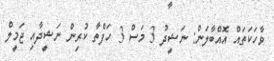
ވާހަކަތައް އޮއްބާލަން: ނަޝީދު 3 މަސް 3 ހަފްތާ ކުރިން ނަޝީދާއި ޖަމީލް